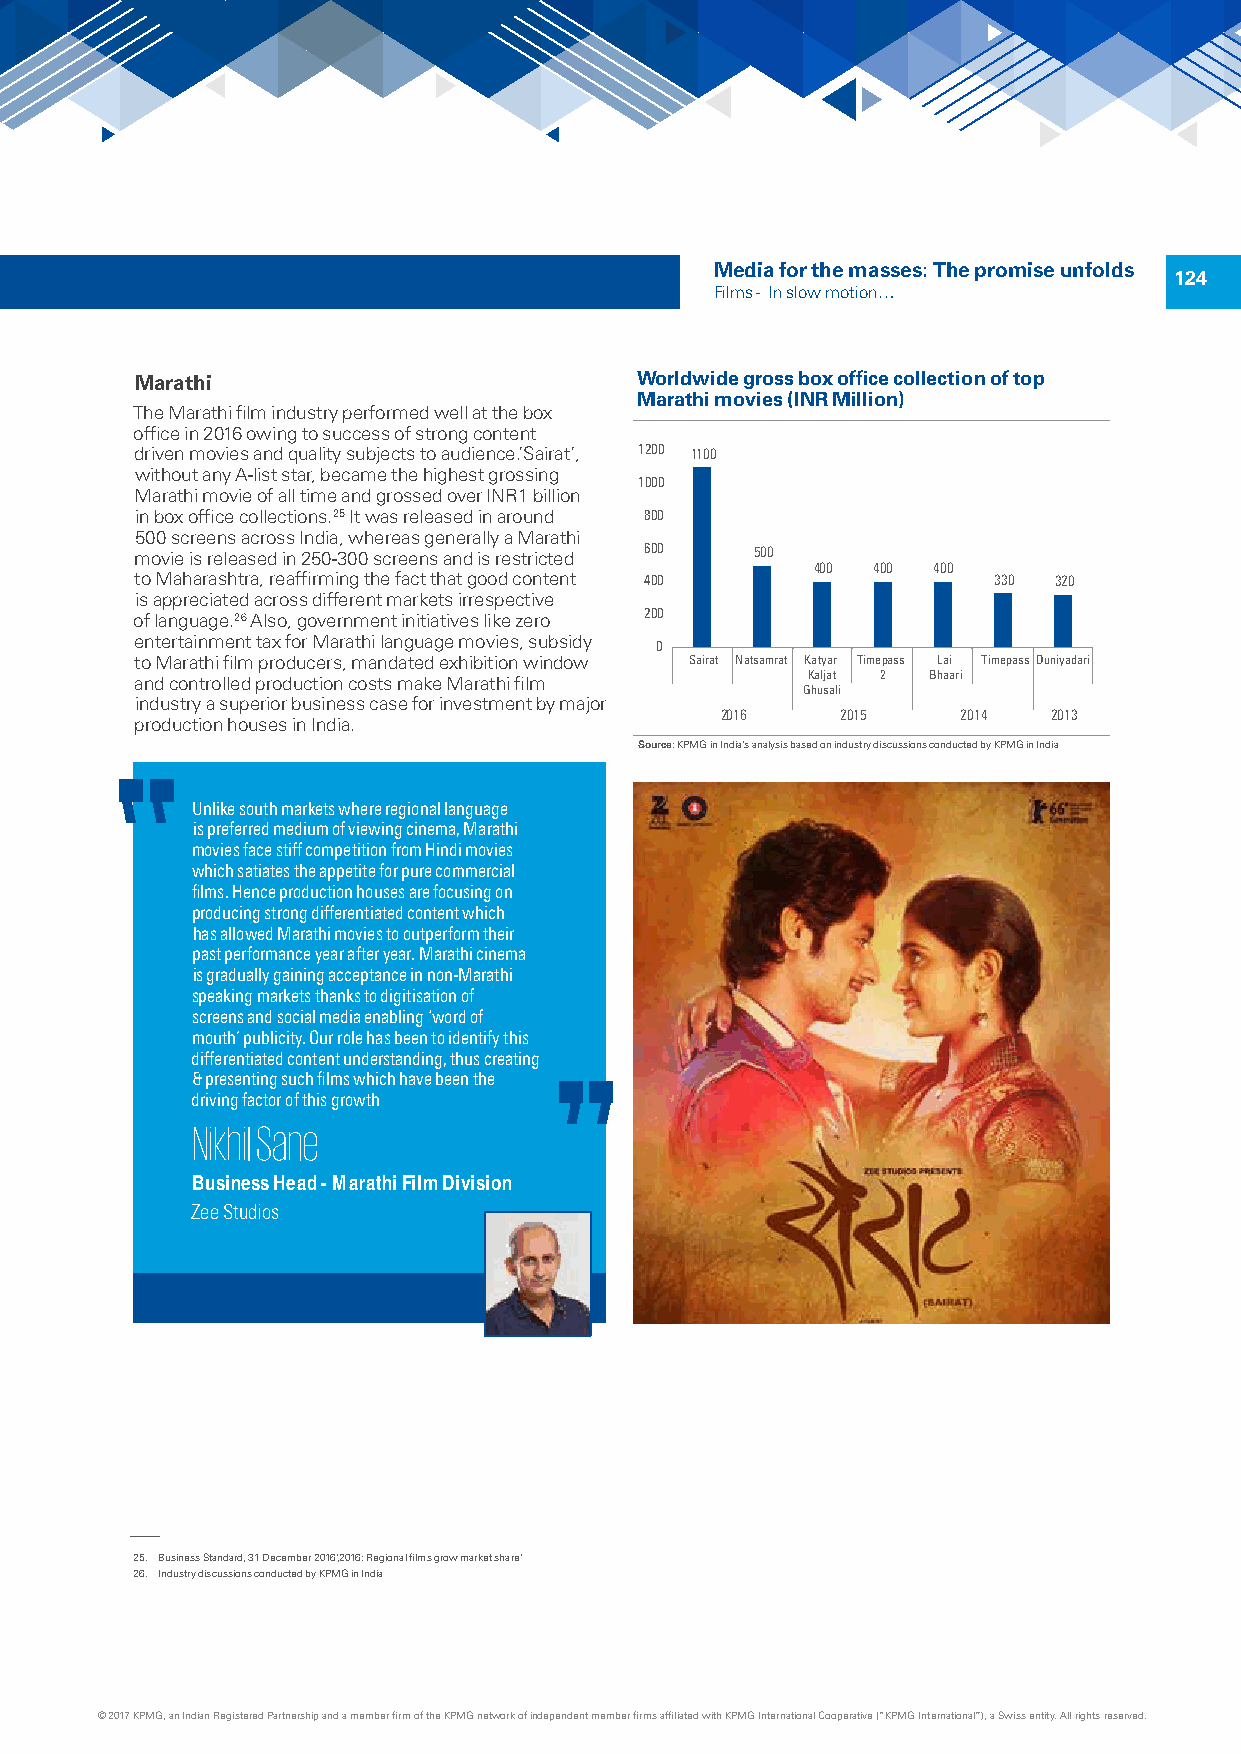
Media for the masses: The promise unfolds
 124
 Films - In slow motion…
 Marathi                          Worldwide gross box office collection of top
 Marathi movies (INR Million)
 The Marathi film industry performed well at the box
 office in 2016 owing to success of strong content
 driven movies and quality subjects to audience.’Sairat’, 1200 1100
 without any A-list star, became the highest grossing
 1000
 Marathi movie of all time and grossed over INR1 billion
 in box office collections.25 It was released in around 800
 500 screens across India, whereas generally a Marathi
 movie is released in 250-300 screens and is restricted 600 500
 400 400 400
 to Maharashtra, reaffirming the fact that good content 400 330 320
 is appreciated across different markets irrespective
 200
 of language.26 Also, government initiatives like zero
 entertainment tax for Marathi language movies, subsidy 0
 to Marathi film producers, mandated exhibition window Sairat Natsamrat Katyar Timepass Lai Timepass Duniyadari
 Kaljat 2 Bhaari
 and controlled production costs make Marathi film
 Ghusali
 industry a superior business case for investment by major
 2016    2015    2014  2013
 production houses in India.
 Source: KPMG in India’s analysis based on industry discussions conducted by KPMG in India
 Unlike south markets where regional language
 is preferred medium of viewing cinema, Marathi
 movies face stiff competition from Hindi movies
 which satiates the appetite for pure commercial
 films. Hence production houses are focusing on
 producing strong differentiated content which
 has allowed Marathi movies to outperform their
 past performance year after year. Marathi cinema
 is gradually gaining acceptance in non-Marathi
 speaking markets thanks to digitisation of
 screens and social media enabling ‘word of
 mouth’ publicity. Our role has been to identify this
 differentiated content understanding, thus creating
 & presenting such films which have been the
 driving factor of this growth
 Nikhil Sane
 Business Head - Marathi Film Division
 Zee Studios
 25. Business Standard, 31 December 2016,’2016: Regional films grow market share’
 26. Industry discussions conducted by KPMG in India
 © 2017 KPMG, an Indian Registered Partnership and a member firm of the KPMG network of independent member firms affiliated with KPMG International Cooperative (“KPMG International”), a Swiss entity. All rights reserved.